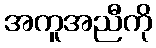
အကူအညီကို